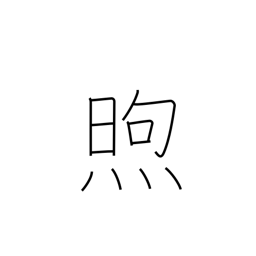
Meaning: warm